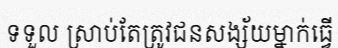
ទទួល ស្រាប់តែត្រូវជនសង្ស័យម្នាក់ធ្វើ